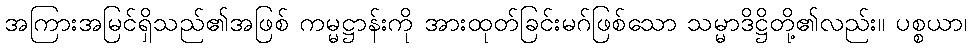
အကြားအမြင်ရှိသည်၏အဖြစ် ကမ္မဋ္ဌာန်းကို အားထုတ်ခြင်းမဂ်ဖြစ်သော သမ္မာဒိဋ္ဌိတို့၏လည်း။ ပစ္စယာ၊